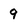
Character: 9